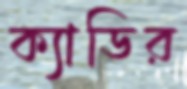
ক্যাডির